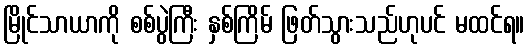
မြိုင်သာယာကို စစ်ပွဲကြီး နှစ်ကြိမ် ဖြတ်သွားသည်ဟုပင် မထင်ရ။